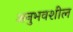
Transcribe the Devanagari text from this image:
अनुभवशील